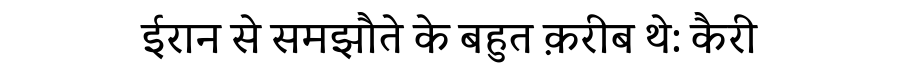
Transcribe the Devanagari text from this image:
ईरान से समझौते के बहुत क़रीब थे: कैरी